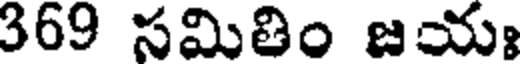
369 సమితిం జయః